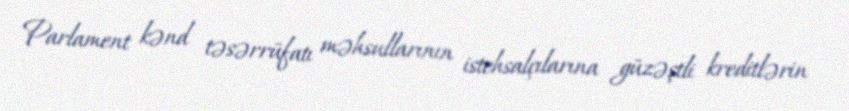
Parlament kənd təsərrüfatı məhsullarının istehsalçılarına güzəştli kreditlərin